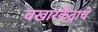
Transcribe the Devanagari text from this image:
वखारकेंद्राचे